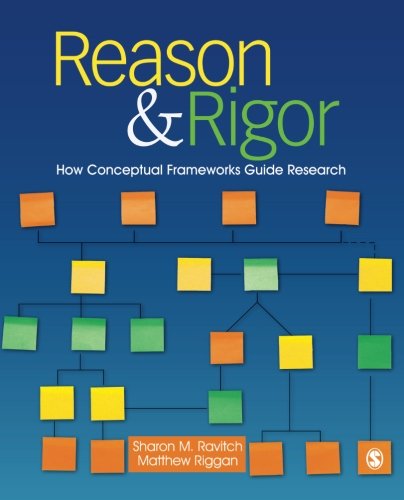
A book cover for Reason & Rigor: How Conceptual Frameworks Guide Research; Sharon M. (Michelle) Ravitch; Politics & Social Sciences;